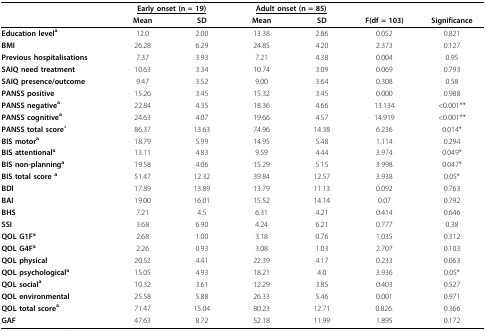
<table><thead><tr><td></td><td colspan="2"><b><underline>Early onset (n = 19)</underline></b></td><td colspan="2"><b><underline>Adult onset (n = 85)</underline></b></td><td></td><td></td></tr><tr><td></td><td><b>Mean</b></td><td><b>SD</b></td><td><b>Mean</b></td><td><b>SD</b></td><td><b>F(df = 103)</b></td><td><b>Significance</b></td></tr></thead><tbody><tr><td><b>Education level</b><sup><b>a</b></sup></td><td>12.0</td><td>2.00</td><td>13.38</td><td>2.86</td><td>0.052</td><td>0.821</td></tr><tr><td><b>BMI</b></td><td>26.28</td><td>6.29</td><td>24.85</td><td>4.20</td><td>2.373</td><td>0.127</td></tr><tr><td><b>Previous hospitalisations</b></td><td>7.37</td><td>3.93</td><td>7.21</td><td>4.38</td><td>0.004</td><td>0.95</td></tr><tr><td><b>SAIQ need treatment</b></td><td>10.63</td><td>3.34</td><td>10.74</td><td>3.09</td><td>0.069</td><td>0.793</td></tr><tr><td><b>SAIQ presence/outcome</b></td><td>9.47</td><td>3.52</td><td>9.00</td><td>3.64</td><td>0.308</td><td>0.58</td></tr><tr><td><b>PANSS positive</b></td><td>15.26</td><td>3.45</td><td>15.32</td><td>3.45</td><td>0.000</td><td>0.988</td></tr><tr><td><b>PANSS negative</b><sup><b>a</b></sup></td><td>22.84</td><td>4.35</td><td>18.36</td><td>4.66</td><td>13.134</td><td>&lt;0.001**</td></tr><tr><td><b>PANSS cognitive</b><sup><b>a</b></sup></td><td>24.63</td><td>4.07</td><td>19.66</td><td>4.57</td><td>14.919</td><td>&lt;0.001**</td></tr><tr><td><b>PANSS total score</b><sup>a</sup></td><td>86.37</td><td>13.63</td><td>74.96</td><td>14.38</td><td>6.236</td><td>0.014*</td></tr><tr><td><b>BIS motor</b><sup><b>a</b></sup></td><td>18.79</td><td>5.99</td><td>14.95</td><td>5.48</td><td>1.114</td><td>0.294</td></tr><tr><td><b>BIS attentional</b><sup><b>a</b></sup></td><td>13.11</td><td>4.83</td><td>9.59</td><td>4.44</td><td>3.974</td><td>0.049*</td></tr><tr><td><b>BIS non-planning</b><sup><b>a</b></sup></td><td>19.58</td><td>4.06</td><td>15.29</td><td>5.15</td><td>3.998</td><td>0.047*</td></tr><tr><td><b>BIS total score </b><sup><b>a</b></sup></td><td>51.47</td><td>12.32</td><td>39.84</td><td>12.57</td><td>3.938</td><td>0.05*</td></tr><tr><td><b>BDI</b></td><td>17.89</td><td>13.89</td><td>13.79</td><td>11.13</td><td>0.092</td><td>0.763</td></tr><tr><td><b>BAI</b></td><td>19.00</td><td>16.01</td><td>15.52</td><td>14.14</td><td>0.07</td><td>0.792</td></tr><tr><td><b>BHS</b></td><td>7.21</td><td>4.5</td><td>6.31</td><td>4.21</td><td>0.414</td><td>0.646</td></tr><tr><td><b>SSI</b></td><td>3.68</td><td>6.90</td><td>4.24</td><td>6.21</td><td>0.777</td><td>0.38</td></tr><tr><td><b>QOL G1F</b><sup><b>a</b></sup></td><td>2.68</td><td>1.00</td><td>3.18</td><td>0.76</td><td>1.035</td><td>0.312</td></tr><tr><td><b>QOL G4F</b><sup><b>a</b></sup></td><td>2.26</td><td>0.93</td><td>3.08</td><td>1.03</td><td>2.707</td><td>0.103</td></tr><tr><td><b>QOL physical</b></td><td>20.52</td><td>4.41</td><td>22.39</td><td>4.17</td><td>0.233</td><td>0.063</td></tr><tr><td><b>QOL psychological</b><sup><b>a</b></sup></td><td>15.05</td><td>4.93</td><td>18.21</td><td>4.0</td><td>3.936</td><td>0.05*</td></tr><tr><td><b>QOL social</b><sup><b>a</b></sup></td><td>10.32</td><td>3.61</td><td>12.29</td><td>3.85</td><td>0.403</td><td>0.527</td></tr><tr><td><b>QOL environmental</b></td><td>25.58</td><td>5.88</td><td>26.33</td><td>5.46</td><td>0.001</td><td>0.971</td></tr><tr><td><b>QOL total score</b><sup><b>a</b></sup></td><td>71.47</td><td>15.04</td><td>80.23</td><td>12.71</td><td>0.826.</td><td>0.366</td></tr><tr><td><b>GAF</b></td><td>47.63</td><td>8.72</td><td>52.18</td><td>11.99</td><td>1.895</td><td>0.172</td></tr></tbody></table>